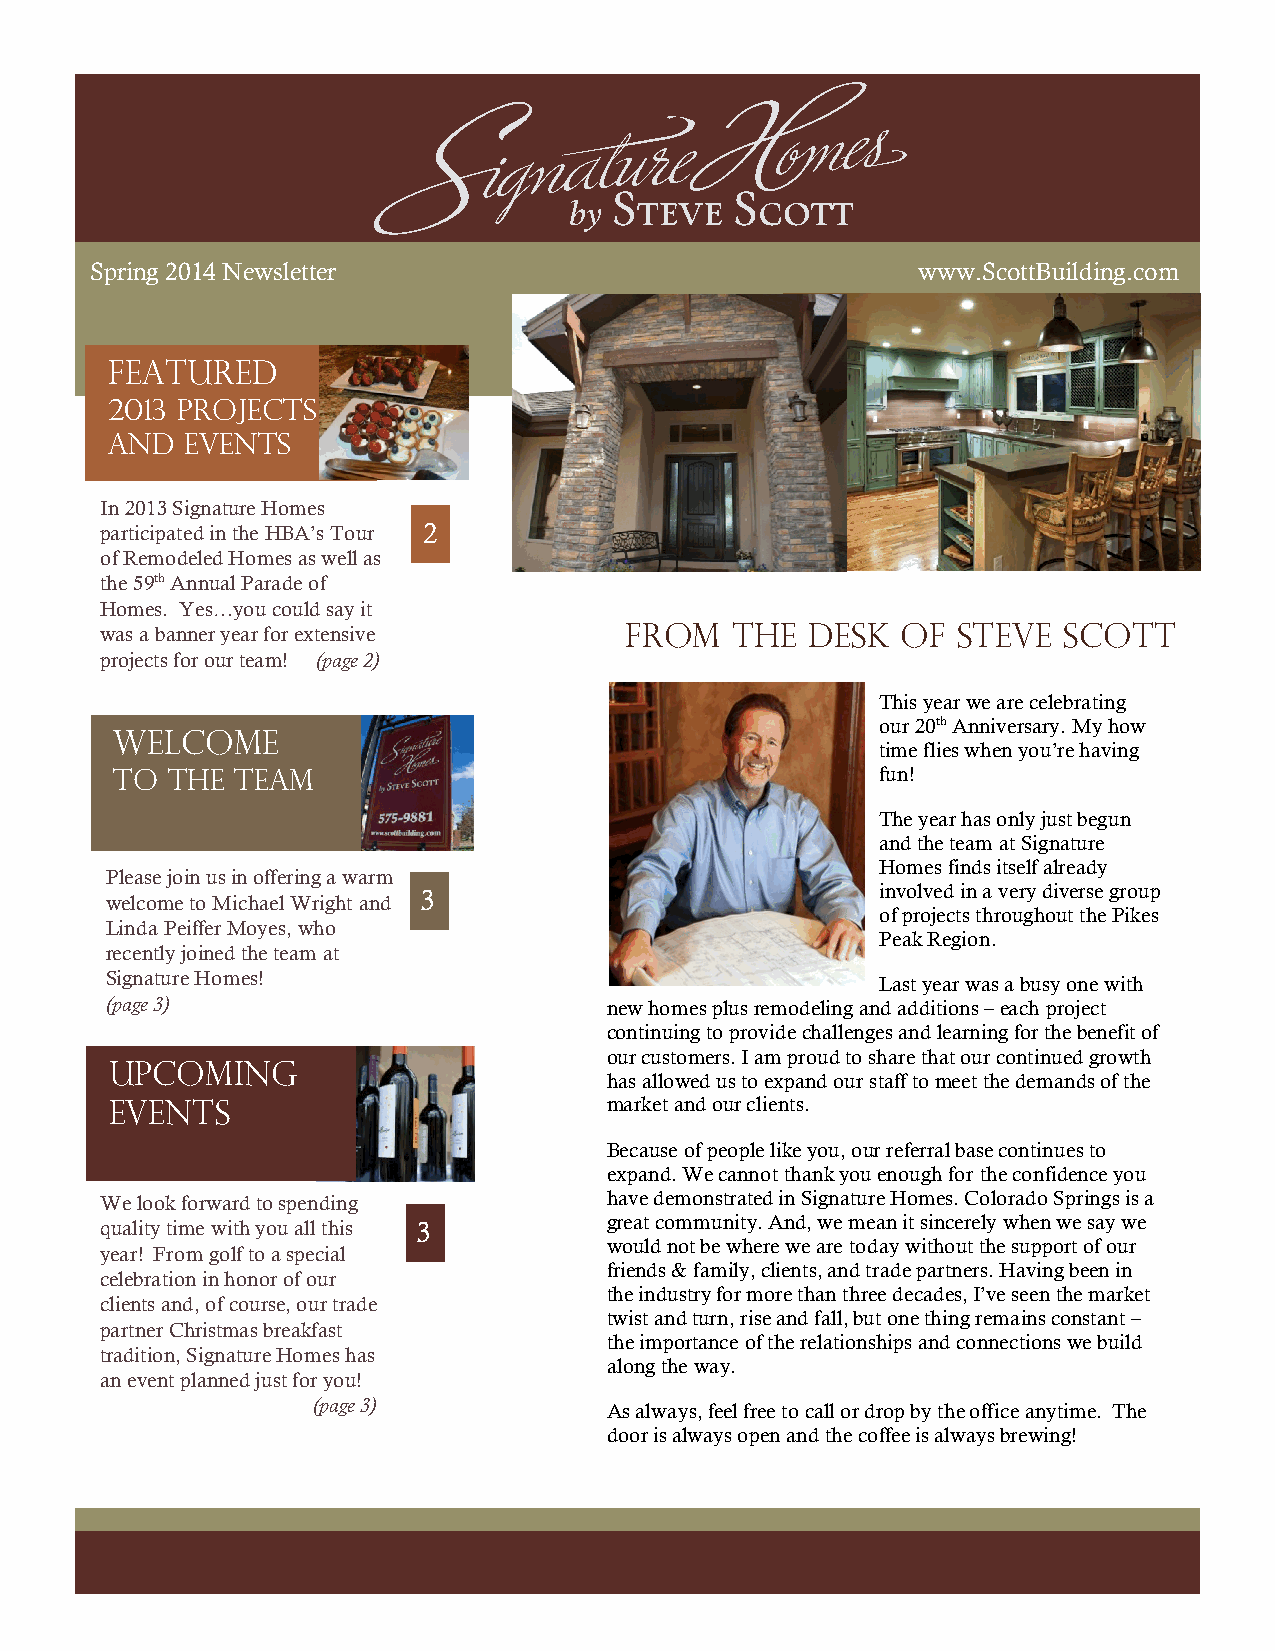
Spring 2014 Newsletter                                 www.ScottBuilding.com
 Featured
 2013 Projects
 and  events
 In 2013 Signature Homes
 participated in the HBA’s Tour 2
 of Remodeled Homes as well as
 the 59th Annual Parade of
 Homes. Yes…you could say it
 was a banner year for extensive   From   The   Desk  of Steve  Scott
 projects for our team! (page 2)
 This year we are celebrating
 our 20th Anniversary. My how
 welcome
 time flies when you’re having
 to the  team                                      fun!
 The year has only just begun
 and the team at Signature
 Homes finds itself already
 Please join us in offering a warm
 3                             involved in a very diverse group
 welcome to Michael Wright and
 of projects throughout the Pikes
 Linda Peiffer Moyes, who
 Peak Region.
 recently joined the team at
 Signature Homes!                                   Last year was a busy one with
 (page 3)                         new homes plus remodeling and additions – each project
 continuing to provide challenges and learning for the benefit of
 our customers. I am proud to share that our continued growth
 Upcoming
 has allowed us to expand our staff to meet the demands of the
 events                           market and our clients.
 Because of people like you, our referral base continues to
 expand. We cannot thank you enough for the confidence you
 We look forward to spending      have demonstrated in Signature Homes. Colorado Springs is a
 great community. And, we mean it sincerely when we say we
 quality time with you all this 3
 would not be where we are today without the support of our
 year! From golf to a special
 friends & family, clients, and trade partners. Having been in
 celebration in honor of our
 the industry for more than three decades, I’ve seen the market
 clients and, of course, our trade
 twist and turn, rise and fall, but one thing remains constant –
 partner Christmas breakfast
 the importance of the relationships and connections we build
 tradition, Signature Homes has
 along the way.
 an event planned just for you!
 (page 3)           As always, feel free to call or drop by the office anytime. The
 door is always open and the coffee is always brewing!